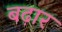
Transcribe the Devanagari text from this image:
बढ़ार